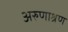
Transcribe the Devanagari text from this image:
अरुणाश्रण